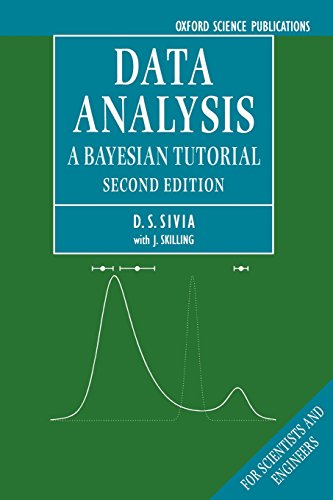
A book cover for Data Analysis: A Bayesian Tutorial; Devinderjit Sivia; Science & Math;